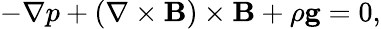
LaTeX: -\nabla p+(\nabla\times\textbf{B})\times\textbf{B}+\rho\textbf{g}=0,